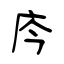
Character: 庈